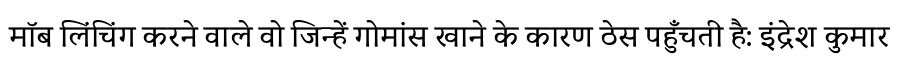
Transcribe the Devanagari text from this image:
मॉब लिंचिंग करने वाले वो जिन्हें गोमांस खाने के कारण ठेस पहुँचती है: इंद्रेश कुमार